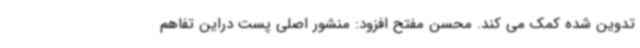
تدوین شده کمک می کند. محسن مفتح افزود: منشور اصلی پست دراین تفاهم